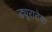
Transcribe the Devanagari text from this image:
ड्यूराटेक